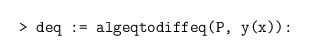
\begin{align*} \texttt{> deq := algeqtodiffeq(P, y(x)):}\end{align*}